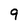
Character: 9